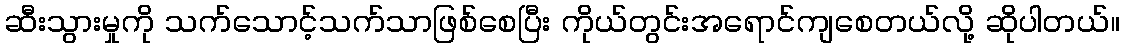
ဆီးသွားမှုကို သက်သောင့်သက်သာဖြစ်စေပြီး ကိုယ်တွင်းအရောင်ကျစေတယ်လို့ ဆိုပါတယ်။